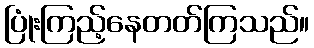
ပြုံးကြည့်နေတတ်ကြသည်။